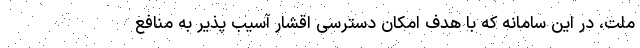
ملت، در این سامانه که با هدف امکان دسترسی اقشار آسیب پذیر به منافع